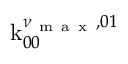
\operatorname { k } _ { 0 0 } ^ { \nu _ { \mathrm { ~ m ~ a ~ x ~ } } , 0 1 }